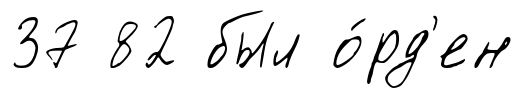
37 82 был о́рд'ен